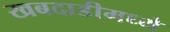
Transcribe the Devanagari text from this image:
खबदाडीमध्ये